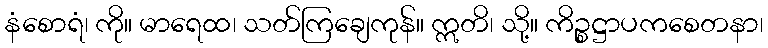
နံစောရံ၊ ကို။ မာရေထ၊ သတ်ကြချေကုန်။ ဣတိ၊ သို့။ ကိဉ္စဋ္ဌာပကစေတနာ၊